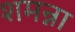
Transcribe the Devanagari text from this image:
शमन्ना